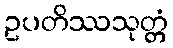
ဥပတိဿသုတ္တံ